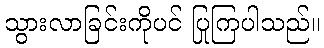
သွားလာခြင်းကိုပင် ပြုကြပါသည်။